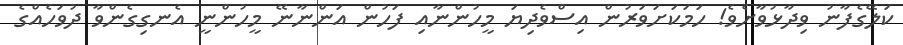
ކަލޭގެފާނު ވިދާޅުވާށެވެ! ހަމަކަށަވަރުން އިސްވެދިޔަ މީހުންނާއި ފަހުން އަންނާނޭ މީހުންނީ އެނގިގެންވާ ދުވަހެއްގެ